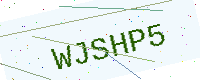
Text: WJSHP5